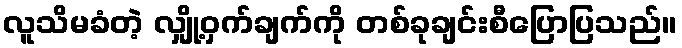
လူသိမခံတဲ့ လျှို့ဝှက်ချက်ကို တစ်ခုချင်းစီပြောပြသည်။